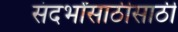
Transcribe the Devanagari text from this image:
संदर्भांसाठीसाठी